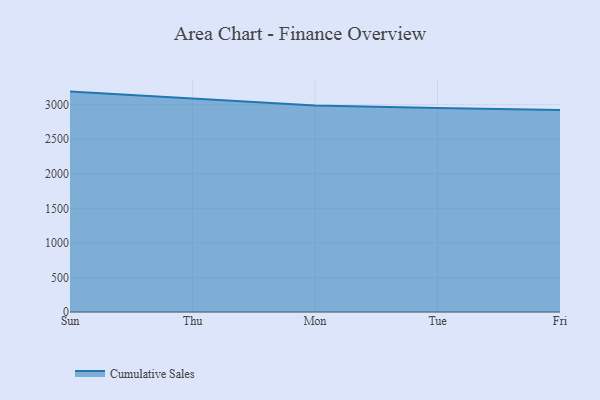
{"axis": {"x": "Day", "y": "Population (Million)"}, "legend": ["Cumulative Sales"], "data": [{"x": "Sun", "y": 3188.6, "type": "Cumulative Sales"}, {"x": "Thu", "y": 3088.3, "type": "Cumulative Sales"}, {"x": "Mon", "y": 2986.1, "type": "Cumulative Sales"}, {"x": "Tue", "y": 2952.5, "type": "Cumulative Sales"}, {"x": "Fri", "y": 2922.9, "type": "Cumulative Sales"}]}